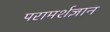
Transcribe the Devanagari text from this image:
परामर्शज्ञान